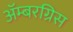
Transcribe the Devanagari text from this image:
ॲम्बरग्रिस